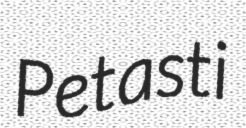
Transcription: Petasti